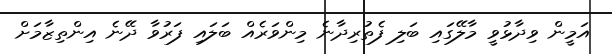
އަމީން ވިދާޅުވީ މާލޭގައި ބަލި ފެތުރިދާނެ މިންވަރެއް ބަލައި ފަރުވާ ދޭނެ އިންތިޒާމަށް